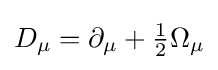
D_{\mu }=\partial _{\mu }+{\tfrac {1}{2}}\Omega _{\mu }